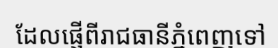
ដែលផ្ញើពីរាជធានីភ្នំពេញទៅ